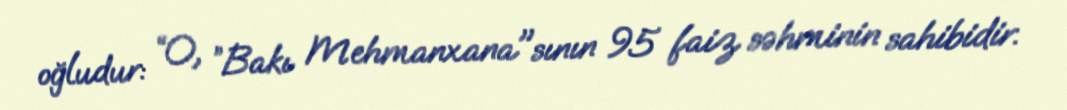
oğludur: “O, ”Bakı Mehmanxana"sının 95 faiz səhminin sahibidir.